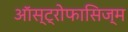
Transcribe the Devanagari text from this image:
ऑस्ट्रोफासिज्म